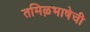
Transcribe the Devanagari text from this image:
तमिऴभाषेची